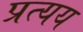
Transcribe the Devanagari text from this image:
प्रत्‍यय